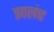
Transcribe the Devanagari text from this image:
झालंच